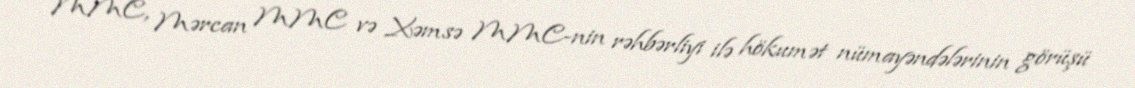
MMC, Mərcan MMC və Xəmsə MMC-nin rəhbərliyi ilə hökumət nümayəndələrinin görüşü